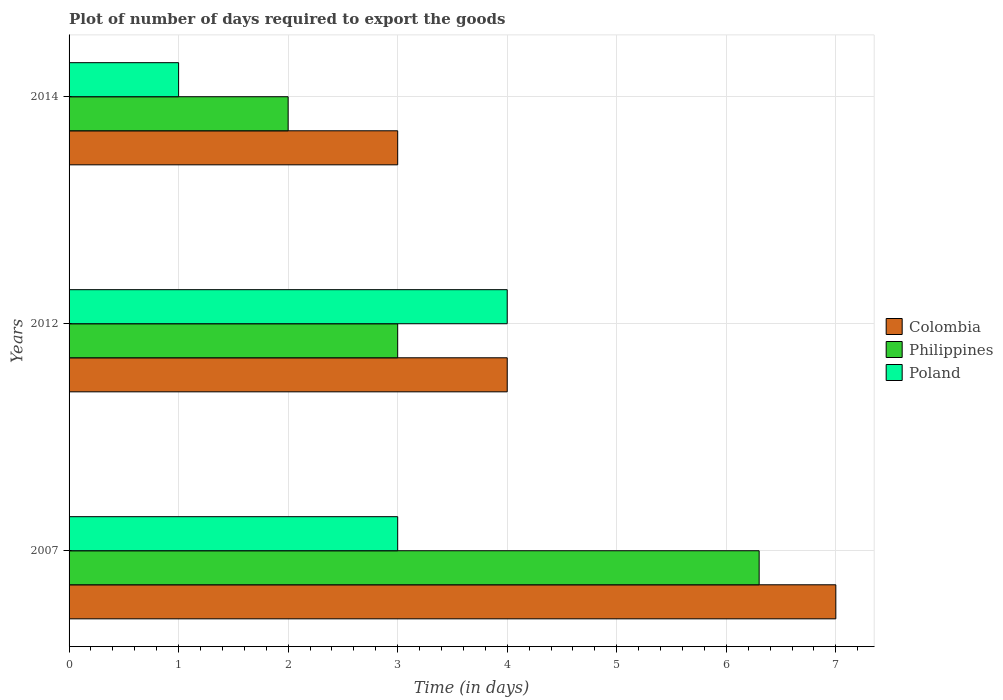
| Years | Colombia | Philippines | Poland |
 | --- | --- | --- | --- |
 | 2007 | 7 | 6.3 | 3 |
 | 2012 | 4 | 3 | 4 |
 | 2014 | 3 | 2 | 1 |